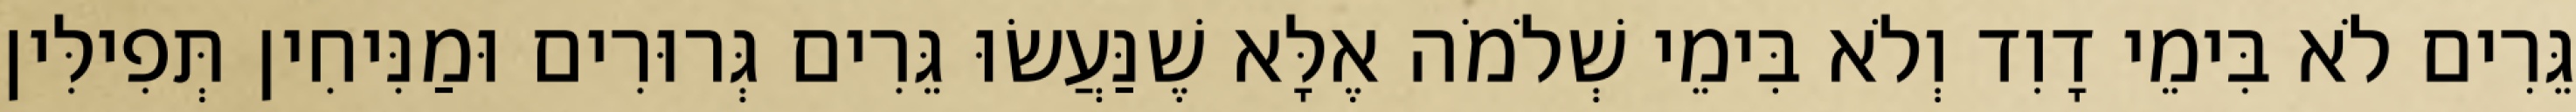
גֵּרִים לֹא בִּימֵי דָוִד וְלֹא בִּימֵי שְׁלֹמֹה אֶלָּא שֶׁנַּעֲשׂוּ גֵּרִים גְּרוּרִים וּמַנִּיחִין תְּפִילִּין